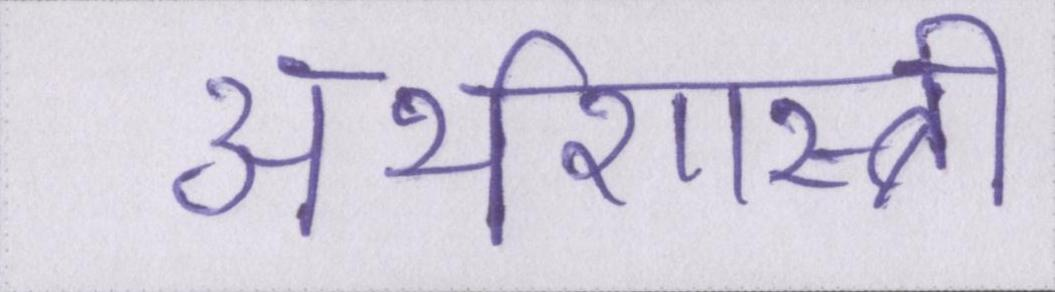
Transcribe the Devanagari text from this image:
अर्थशास्त्री